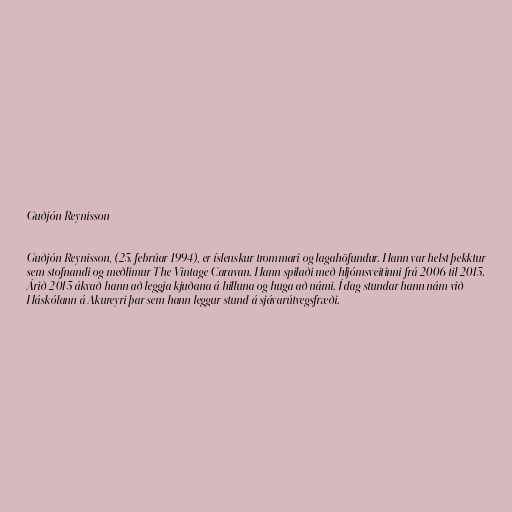
Guðjón Reynisson

Guðjón Reynisson, (25. febrúar 1994), er íslenskur trommari og lagahöfundur. Hann var helst þekktur
sem stofnandi og meðlimur The Vintage Caravan. Hann spilaði með hljómsveitinni frá 2006 til 2015.
Árið 2015 ákvað hann að leggja kjuðana á hilluna og huga að námi. Í dag stundar hann nám við
Háskólann á Akureyri þar sem hann leggur stund á sjávarútvegsfræði.